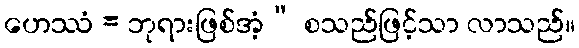
ဟေဿံ = ဘုရားဖြစ်အံ့” စသည်ဖြင့်သာ လာသည်။